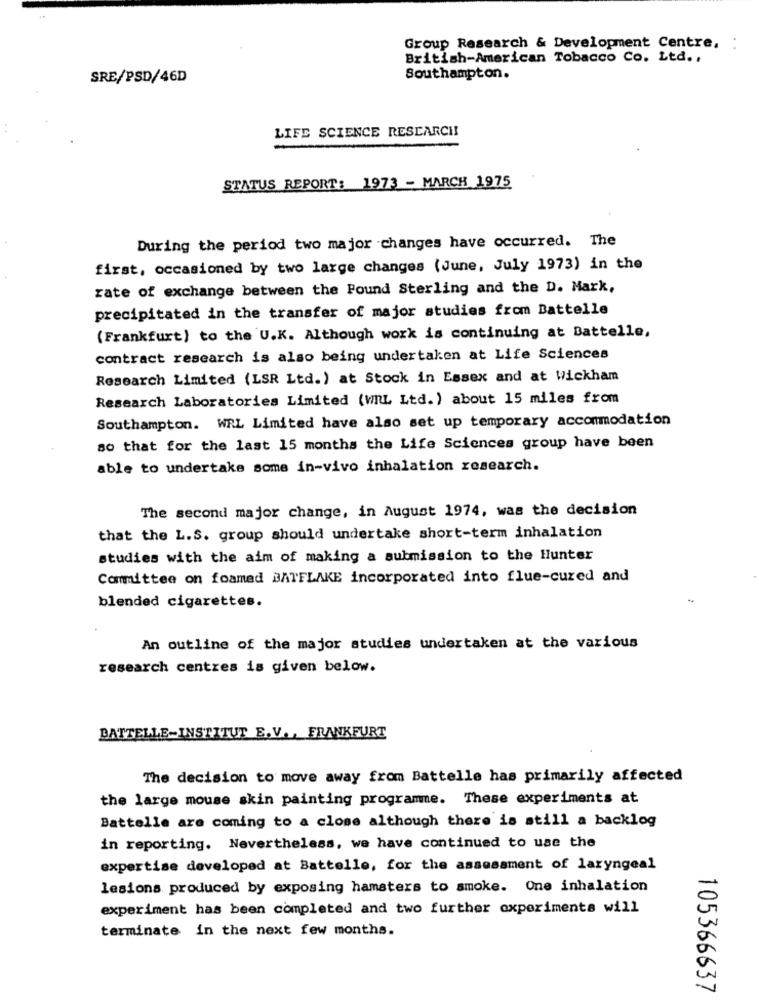
Group Research & Development Centre,
British-American Tobacco Co. Ltd .,
SRE/PSD/46D
Southampton.
LIFE SCIENCE RESEARCH!
STATUS REPORT: 1973 - MARCH 1975
During the period two major changes have occurred. The
first, occasioned by two large changes (June, July 1973) in the
rate of exchange between the Pound Sterling and the D. Mark,
precipitated in the transfer of major studies from Battelle
(Frankfurt) to the U.K. Although work is continuing at Battelle,
contract research is also being undertaken at Life Sciences
Research Limited (LSR Ltd.) at Stock in Essex and at Wickham
Research Laboratories Limited (WML Ltd.) about 15 miles from
Southampton. WAL Limited have also set up temporary accommodation
so that for the last 15 months the Life Sciences group have been
able to undertake some in-vivo inhalation research.
The second major change, in August 1974, was the decision
that the L.S. group should undertake short-term inhalation
studies with the aim of making a submission to the Hunter
Committee on foamed BATFLAKE incorporated into flue-cured and
blended cigarettes.
An outline of the major studies undertaken at the various
research centres is given below.
BATTELLE-INSTITUT E. V ., FRANKFURT
The decision to move away from Battelle has primarily affected
the large mouse skin painting programme. These experiments at
Battelle are coming to a close although there is still a backlog
in reporting. Nevertheless, we have continued to use the
expertise developed at Battelle, for the assessment of laryngeal
lesions produced by exposing hamsters to smoke. One inhalation
experiment has been completed and two further experiments will
terminate in the next few months.
105366637